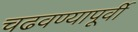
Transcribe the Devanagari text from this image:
चढवण्यापूर्वी